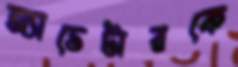
অ্যাভেটারকে